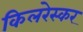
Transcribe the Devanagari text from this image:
किलरेस्कर